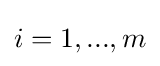
i=1,...,m